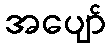
အပျော်